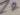
Text: Z2